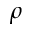
\rho